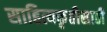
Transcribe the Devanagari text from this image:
साहित्यकृतीसाठी